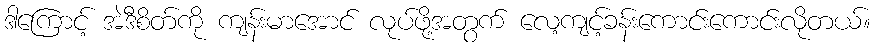
ဒါကြောင့် အဲဒီစိတ်ကို ကျန်းမာအောင် လုပ်ဖို့အတွက် လေ့ကျင့်ခန်းကောင်းကောင်းလိုတယ်။